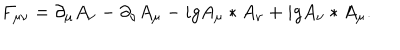
LaTeX: F _ { \mu \nu } = \partial _ { \mu } A _ { \nu } - \partial _ { \nu } A _ { \mu } - i g A _ { \mu } \ast A _ { \nu } + i g A _ { \nu } \ast A _ { \mu } .